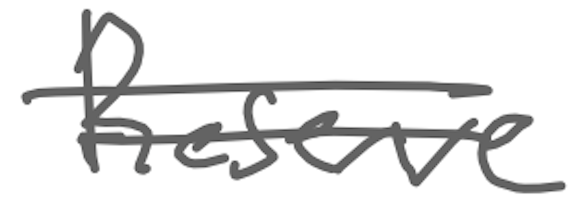
Text: Reserve
Cross-out: double-line
Writing tool: digital_gray